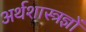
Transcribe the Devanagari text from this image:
अर्थशास्त्रज्ञों